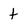
Character: t